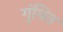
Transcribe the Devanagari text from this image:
गुंथित